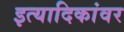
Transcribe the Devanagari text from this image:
इत्यादिकांवर